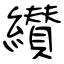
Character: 纉